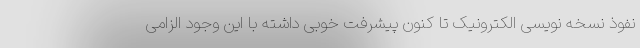
نفوذ نسخه نویسی الکترونیک تا کنون پیشرفت خوبی داشته با این وجود الزامی